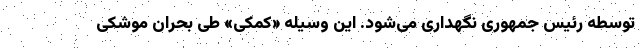
توسطه رئیس جمهوری نگهداری می‌شود. این وسیله «کمکی» طی بحران موشکی